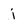
Character: j